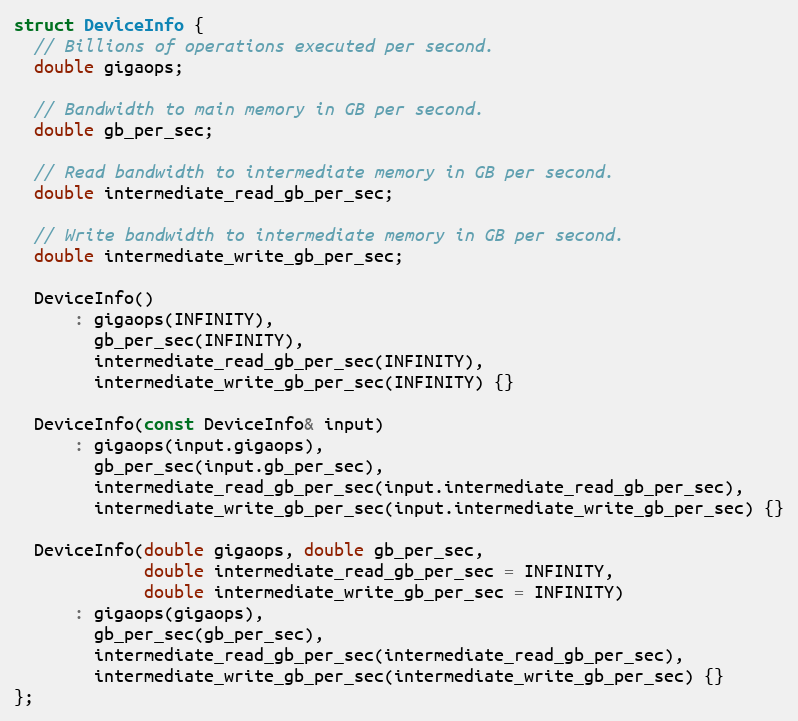
Language: C
struct DeviceInfo {
  // Billions of operations executed per second.
  double gigaops;

  // Bandwidth to main memory in GB per second.
  double gb_per_sec;

  // Read bandwidth to intermediate memory in GB per second.
  double intermediate_read_gb_per_sec;

  // Write bandwidth to intermediate memory in GB per second.
  double intermediate_write_gb_per_sec;

  DeviceInfo()
      : gigaops(INFINITY),
        gb_per_sec(INFINITY),
        intermediate_read_gb_per_sec(INFINITY),
        intermediate_write_gb_per_sec(INFINITY) {}

  DeviceInfo(const DeviceInfo& input)
      : gigaops(input.gigaops),
        gb_per_sec(input.gb_per_sec),
        intermediate_read_gb_per_sec(input.intermediate_read_gb_per_sec),
        intermediate_write_gb_per_sec(input.intermediate_write_gb_per_sec) {}

  DeviceInfo(double gigaops, double gb_per_sec,
             double intermediate_read_gb_per_sec = INFINITY,
             double intermediate_write_gb_per_sec = INFINITY)
      : gigaops(gigaops),
        gb_per_sec(gb_per_sec),
        intermediate_read_gb_per_sec(intermediate_read_gb_per_sec),
        intermediate_write_gb_per_sec(intermediate_write_gb_per_sec) {}
};